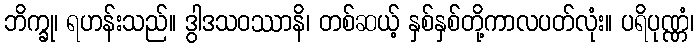
ဘိက္ခု၊ ရဟန်းသည်။ ဒွါဒသဝဿာနိ၊ တစ်ဆယ့် နှစ်နှစ်တို့ကာလပတ်လုံး။ ပရိပုဏ္ဏံ၊